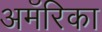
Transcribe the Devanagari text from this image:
अमॅरिका